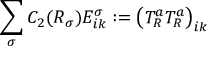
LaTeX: \sum _ { \sigma } C _ { 2 } ( R _ { \sigma } ) E _ { i k } ^ { \sigma } : = \left( T _ { R } ^ { a } T _ { R } ^ { a } \right) _ { i k }